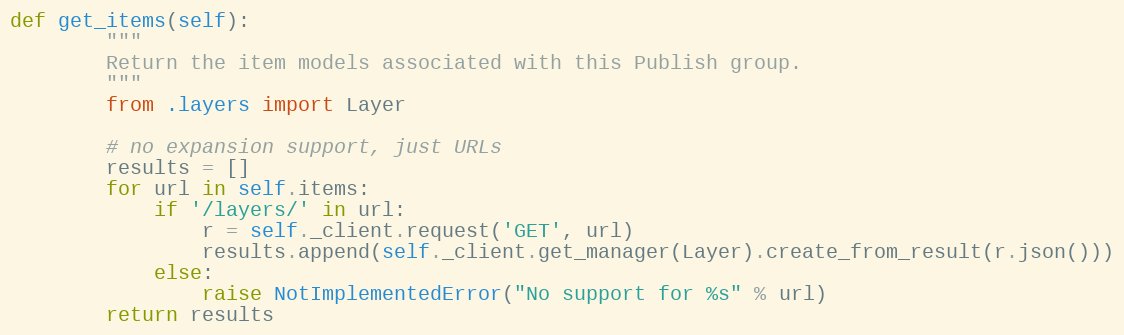
Language: Python
def get_items(self):
        """
        Return the item models associated with this Publish group.
        """
        from .layers import Layer

        # no expansion support, just URLs
        results = []
        for url in self.items:
            if '/layers/' in url:
                r = self._client.request('GET', url)
                results.append(self._client.get_manager(Layer).create_from_result(r.json()))
            else:
                raise NotImplementedError("No support for %s" % url)
        return results